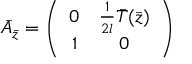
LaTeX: \bar { A } _ { \bar { z } } = \left( \begin{array} { c c } { { 0 } } & { { { \frac { 1 } { 2 l } } \bar { T } ( \bar { z } ) } } \\ { { 1 } } & { { 0 } } \end{array} \right)